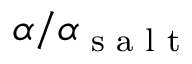
\alpha / \alpha _ { \textrm { s a l t } }